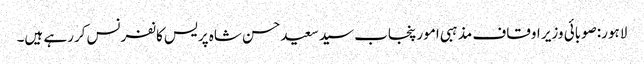
لاہور:صوبائی وزیر اوقاف مذہبی امور پنجاب سیدسعیدحسن شاہ پریس کانفرنس کررہے ہیں۔